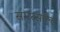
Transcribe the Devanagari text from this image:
समरसॉल्ट